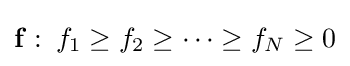
\mathbf {f} \,\colon \,f_{1}\geq f_{2}\geq \cdots \geq f_{N}\geq 0